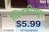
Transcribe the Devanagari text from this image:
खिडकीमधून